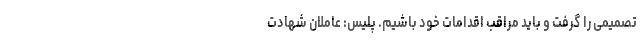
تصمیمی را گرفت و باید مراقب اقدامات خود باشیم. پلیس: عاملان شهادت